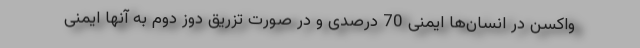
واکسن در انسان‌ها ایمنی 70 درصدی و در صورت تزریق دوز دوم به آنها ایمنی